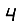
Digit: 4